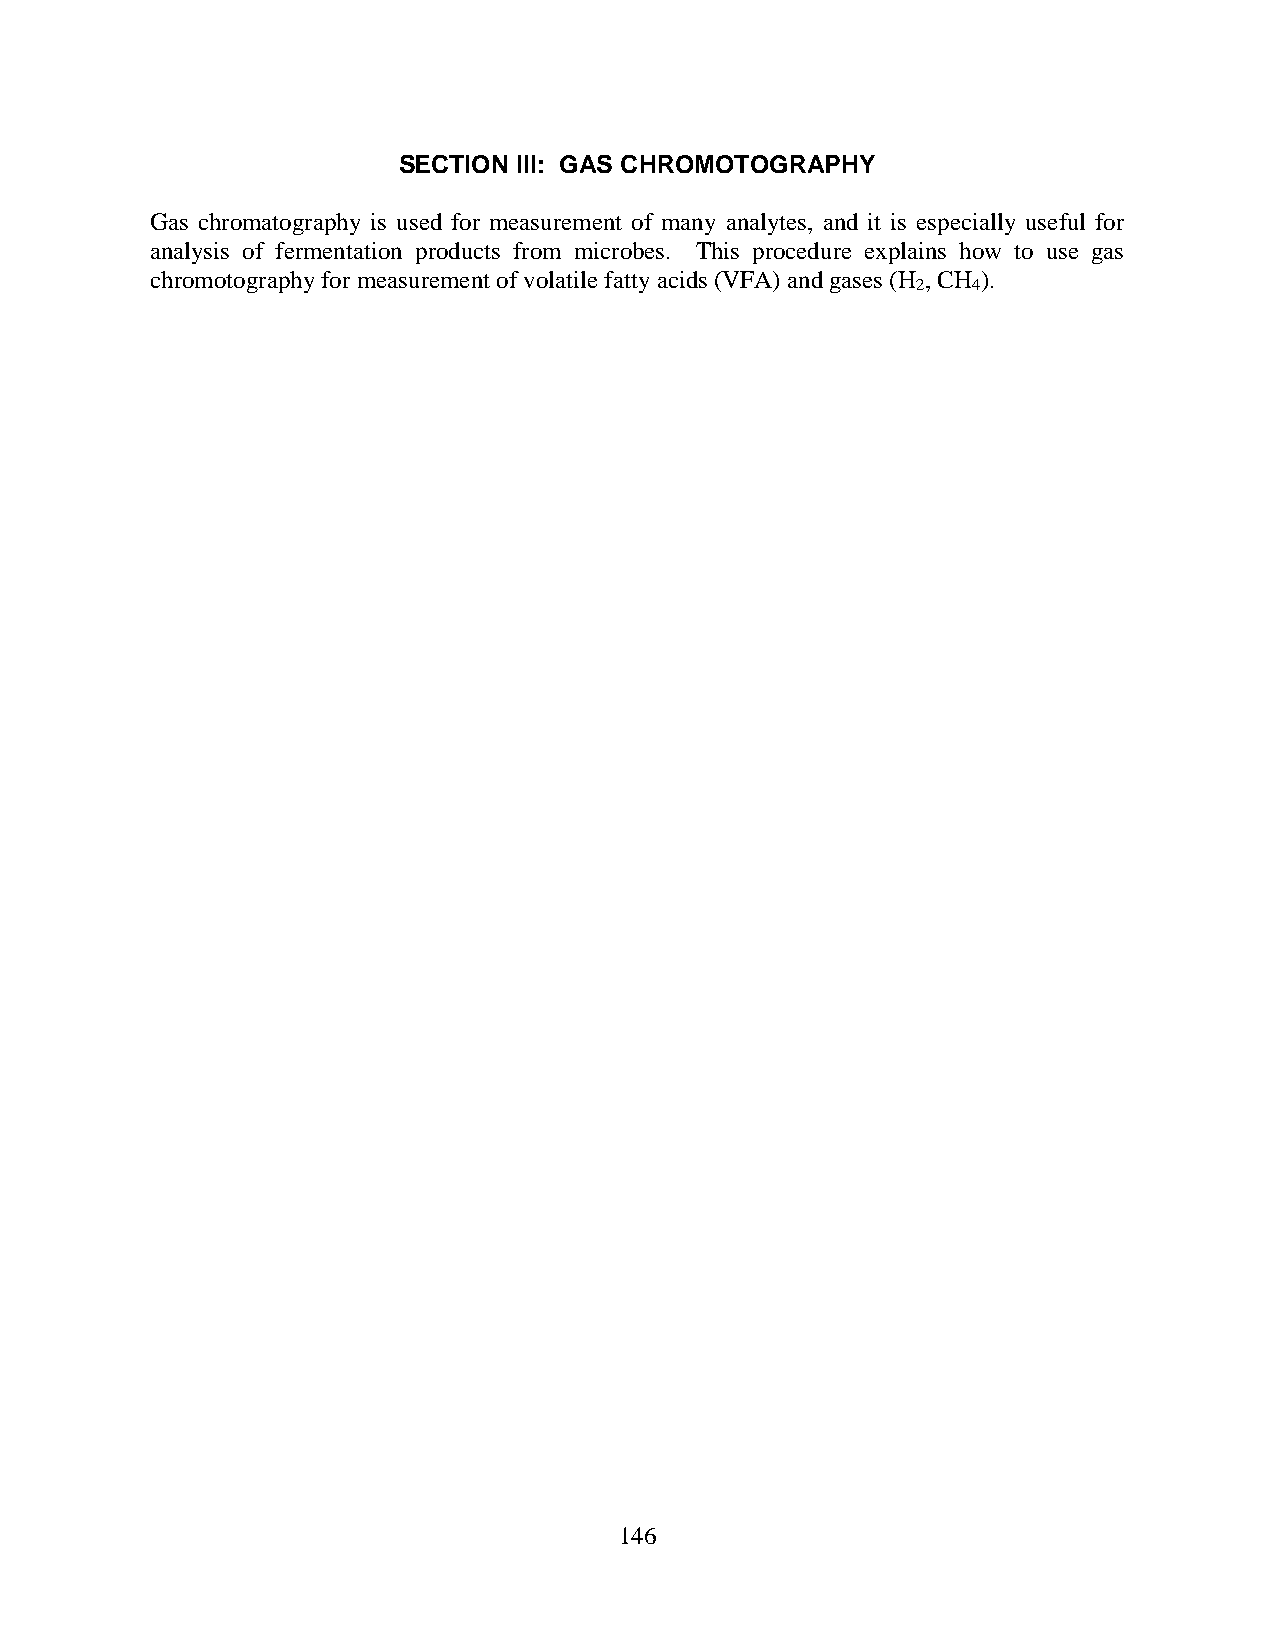
SECTION III: GAS CHROMOTOGRAPHY
 Gas chromatography is used for measurement of many analytes, and it is especially useful for
 analysis of fermentation products from microbes. This procedure explains how to use gas
 chromotography for measurement of volatile fatty acids (VFA) and gases (H , CH ).
 2  4
 146